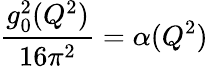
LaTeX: {\frac{g_{0}^{2}(Q^{2})}{16\pi^{2}}}=\alpha(Q^{2})